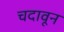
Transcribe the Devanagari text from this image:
चदावून